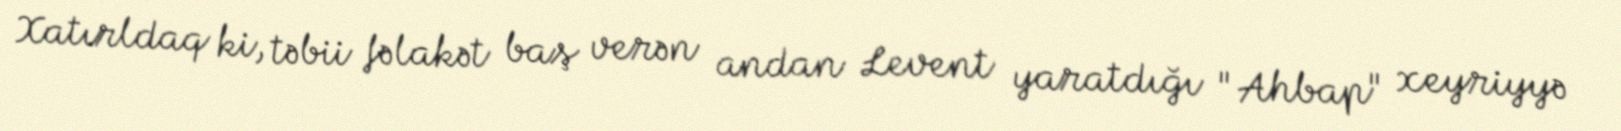
Xatırldaq ki, təbii fəlakət baş verən andan Levent yaratdığı "Ahbap" xeyriyyə